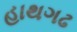
હાથગઢ